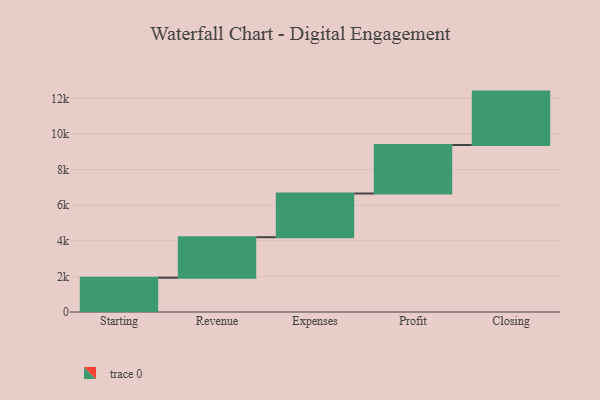
{"axis": {"x": "Step", "y": "Value"}, "legend": [""], "data": [{"x": "Starting", "y": 1927.0, "type": ""}, {"x": "Revenue", "y": 2276.0, "type": ""}, {"x": "Expenses", "y": 2455.0, "type": ""}, {"x": "Profit", "y": 2726.0, "type": ""}, {"x": "Closing", "y": 3000, "type": ""}]}